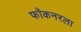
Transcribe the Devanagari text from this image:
फॉकनरला